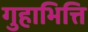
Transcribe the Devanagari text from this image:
गुहाभित्ति